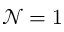
{ \mathcal { N } } = 1